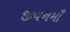
જીવનમાઁ